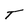
Character: T